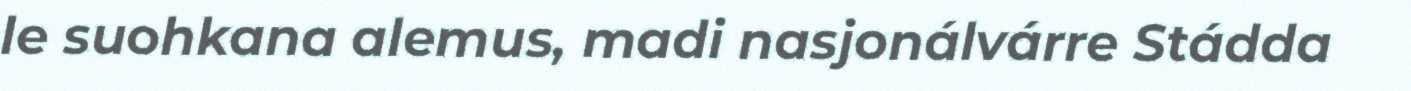
le suohkana alemus, madi nasjonálvárre Stádda